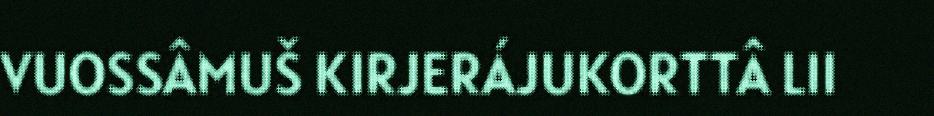
VUOSSÂMUŠ KIRJERÁJUKORTTÂ LII